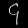
Digit: ၄